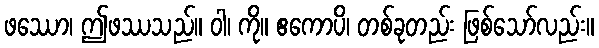
ဖဿော၊ ဤဖဿသည်။ ဝါ၊ ကို။ ဧကောပိ၊ တစ်ခုတည်း ဖြစ်သော်လည်း။